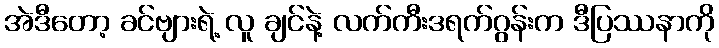
အဲဒီတော့ ခင်ဗျားရဲ့ လူ ချင်နဲ့ လက်ကီးဒရက်ဂွန်းက ဒီပြဿနာကို